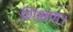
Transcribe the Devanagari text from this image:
शिक्षण।